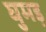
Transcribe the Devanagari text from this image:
घुमड़